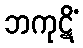
ဘကုဋိံ